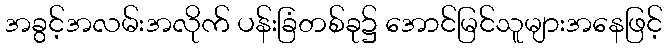
အခွင့်အလမ်းအလိုက် ပန်းခြံတစ်ခု၌ အောင်မြင်သူများအနေဖြင့်